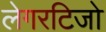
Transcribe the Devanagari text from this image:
लेगरटिजो